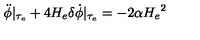
\ddot { \phi } \vert _ { \tau _ { e } } + 4 H _ { e } \delta \dot { \phi } \vert _ { \tau _ { e } } = - 2 \alpha { H _ { e } } ^ { 2 }